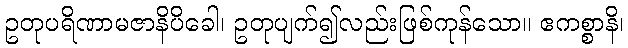
ဥတုပရိဏာမဇာနိပိခေါ၊ ဥတုပျက်၍လည်းဖြစ်ကုန်သော။ ဧကစ္စာနိ၊